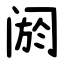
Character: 阏